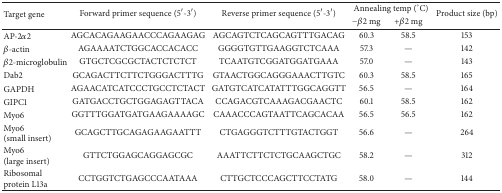
| <ROWSPAN=2> Target gene | <ROWSPAN=2> Forward primer sequence (5′-3′) | <ROWSPAN=2> Reverse primer sequence (5′-3′) | <COLSPAN=2> Annealing temp (°C) | <ROWSPAN=2> Product size (bp) |
 | −β2 mg | +β2 mg |
 | --- | --- | --- | --- | --- | --- |
 | AP-2α2 | AGCACAGAAGAACCCAGAAGAG | AGCAGTCTCAGCAGTTTGACAG | 60.3 | 58.5 | 153 |
 | β-actin | AGAAAATCTGGCACCACACC | GGGGTGTTGAAGGTCTCAAA | 57.3 | — | 142 |
 | β2-microglobulin | GTGCTCGCGCTACTCTCTCT | TCAATGTCGGATGGATGAAA | 57.0 | — | 143 |
 | Dab2 | GCAGACTTCTTCTGGGACTTTG | GTAACTGGCAGGGAAACTTGTC | 60.3 | 58.5 | 165 |
 | GAPDH | AGAACATCATCCCTGCCTCTACT | GATGTCATCATATTTGGCAGGTT | 56.5 | — | 164 |
 | GIPC1 | GATGACCTGCTGGAGAGTTACA | CCAGACGTCAAAGACGAACTC | 60.1 | 58.5 | 162 |
 | Myo6 | GGTTTGGATGATGAAGAAAAGC | CAAACCCAGTAATTCAGCACAA | 56.5 | 56.5 | 162 |
 | Myo6 (small insert) | GCAGCTTGCAGAGAAGAATTT | CTGAGGGTCTTTGTACTGGT | 56.6 | — | 264 |
 | Myo6 (large insert) | GTTCTGGAGCAGGAGCGC | AAATTCTTCTCTGCAAGCTGC | 58.2 | — | 312 |
 | Ribosomal protein L13a | CCTGGTCTGAGCCCAATAAA | CTTGCTCCCAGCTTCCTATG | 58.0 | — | 144 |